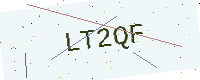
Text: LT2QF